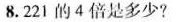
8.221的4倍是多少?